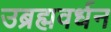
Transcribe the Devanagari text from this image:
उब्रह्मवर्धन